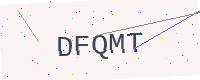
Text: DFQMT